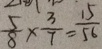
\frac { 5 } { 8 } \times \frac { 3 } { 7 } = \frac { 1 5 } { 5 6 }